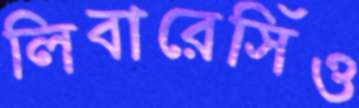
লিবারেসিঁও